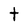
Character: t